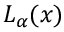
L _ { \alpha } ( x )